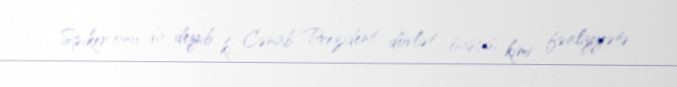
Spiker onu da deyib ki, Cənab Prezident dövlət başçısı kimi fəaliyyətə